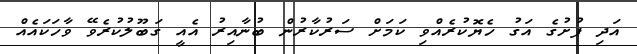
އަދި ފުށުގެ އަގު ހެޔޮކުރެއްވި ކަމަށް ސަރުކާރުން ބުނާއިރު އެއީ ގަބޫލުކުރެވޭ ވާހަކައެއް